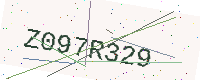
Text: Z097R329